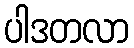
ပါဒတလာ